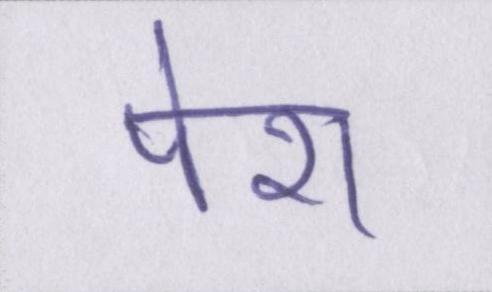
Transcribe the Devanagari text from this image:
पेश